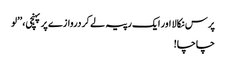
پرس نکالا اور ایک رپیہ لے کر دروازے پر پہنچی، ’’لو
چاچا!